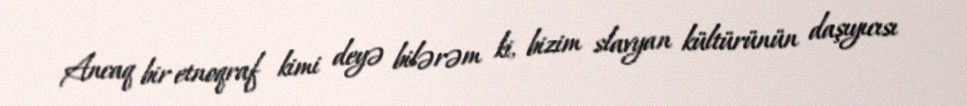
Ancaq bir etnoqraf kimi deyə bilərəm ki, bizim slavyan kültürünün daşıyıcısı